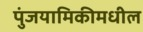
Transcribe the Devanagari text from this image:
पुंजयामिकीमधील